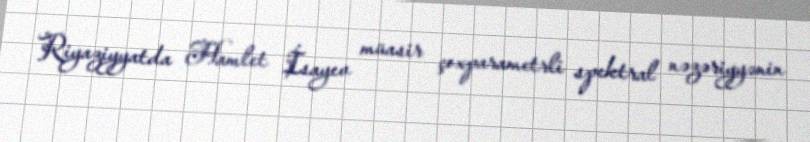
Riyaziyyatda Hamlet İsayev müasir çoxparametrli spektral nəzəriyyənin